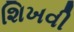
શિખવી